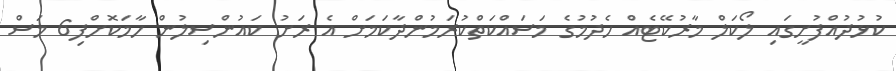
ކުޅުދުއްފުށީގައި ލޯކަލް މާރުކޭޓެއް ހެދުމުގެ މަސައްކަތްކުރަމުންދާކަމަށް އެ ރަށު ކައުންސިލުން ހާމަކޮށްފި6 މަސް